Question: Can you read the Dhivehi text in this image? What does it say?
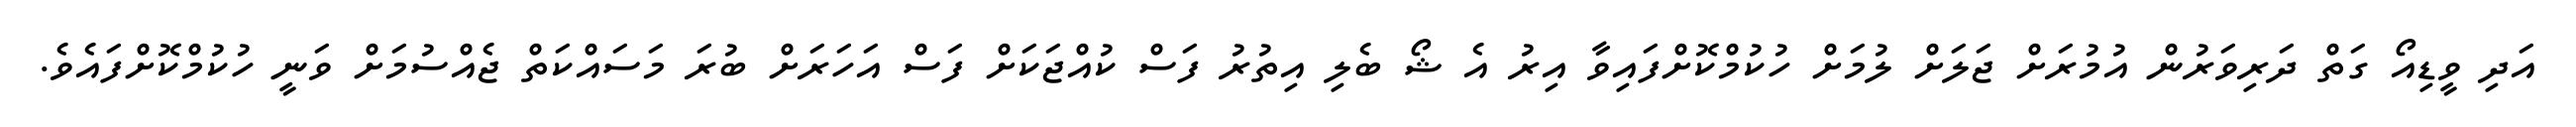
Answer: އަދި ވީޑިއޯ ގަތް ދަރިވަރުން އުމުރަށް ޖަލަށް ލުމަށް ހުކުމްކޮށްފައިވާ އިރު އެ ޝޯ ބެލި އިތުރު ފަސް ކުއްޖަކަށް ފަސް އަހަރަށް ބުރަ މަސައްކަތް ޖެއްސުމަށް ވަނީ ހުކުމްކޮށްފައެވެ.